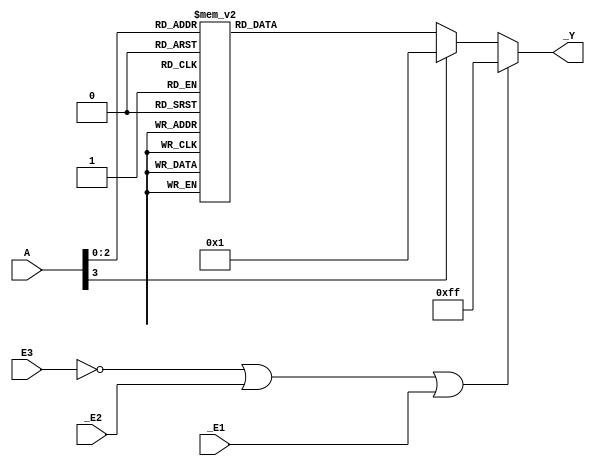
`timescale 1ns / 1ps
//////////////////////////////////////////////////////////////////////////////////
// Company: 
// Engineer: 
// 
// Design Name: 
// Module Name: test_bench
// Project Name: 
// Target Devices: 
// Tool Versions: 
// Description: 
// 
// Dependencies: 
// 
// Revision:
// Revision 0.01 - File Created
// Additional Comments:
// 
//////////////////////////////////////////////////////////////////////////////////

module trancode (
    input [3:0] A,
    input _E1,_E2,E3,
    output reg [7:0] _Y
);
   always@(*)
   begin
       if(E3==1'b0||_E2==1'b1||_E1==1'b1)
        _Y=8'b1111_1111;
       else
       begin
        case(A)
        3'h7:_Y=8'b0111_1111;
        3'h6:_Y=8'b1011_1111;
        3'h5:_Y=8'b1101_1111;
        3'h4:_Y=8'b1110_1111; 
        3'h3:_Y=8'b1111_0111;
        3'h2:_Y=8'b1111_1011;
        3'h1:_Y=8'b1111_1101;
        3'h0:_Y=8'b1111_1110;
        default:_Y=8'b1;
        endcase
       end     
   end 
endmodule